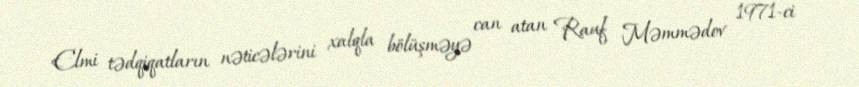
Elmi tədqiqatların nəticələrini xalqla bölüşməyə can atan Rauf Məmmədov 1971-ci